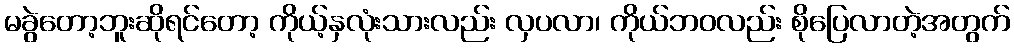
မခွဲတော့ဘူးဆိုရင်တော့ ကိုယ့်နှလုံးသားလည်း လှပလာ၊ ကိုယ်ဘဝလည်း စိုပြေလာတဲ့အတွက်